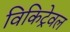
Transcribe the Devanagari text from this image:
विकिट्रेवल